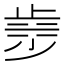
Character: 𣥿